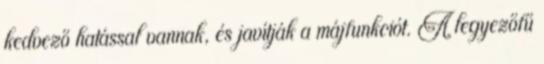
kedvező hatással vannak, és javítják a májfunkciót. A legyezőfű